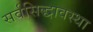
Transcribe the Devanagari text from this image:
सर्वसिद्धावस्था